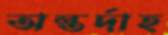
অন্তর্দাহ